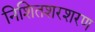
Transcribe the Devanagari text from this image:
निशितशरशरण